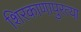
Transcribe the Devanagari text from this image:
शिरकाणापुरत्या